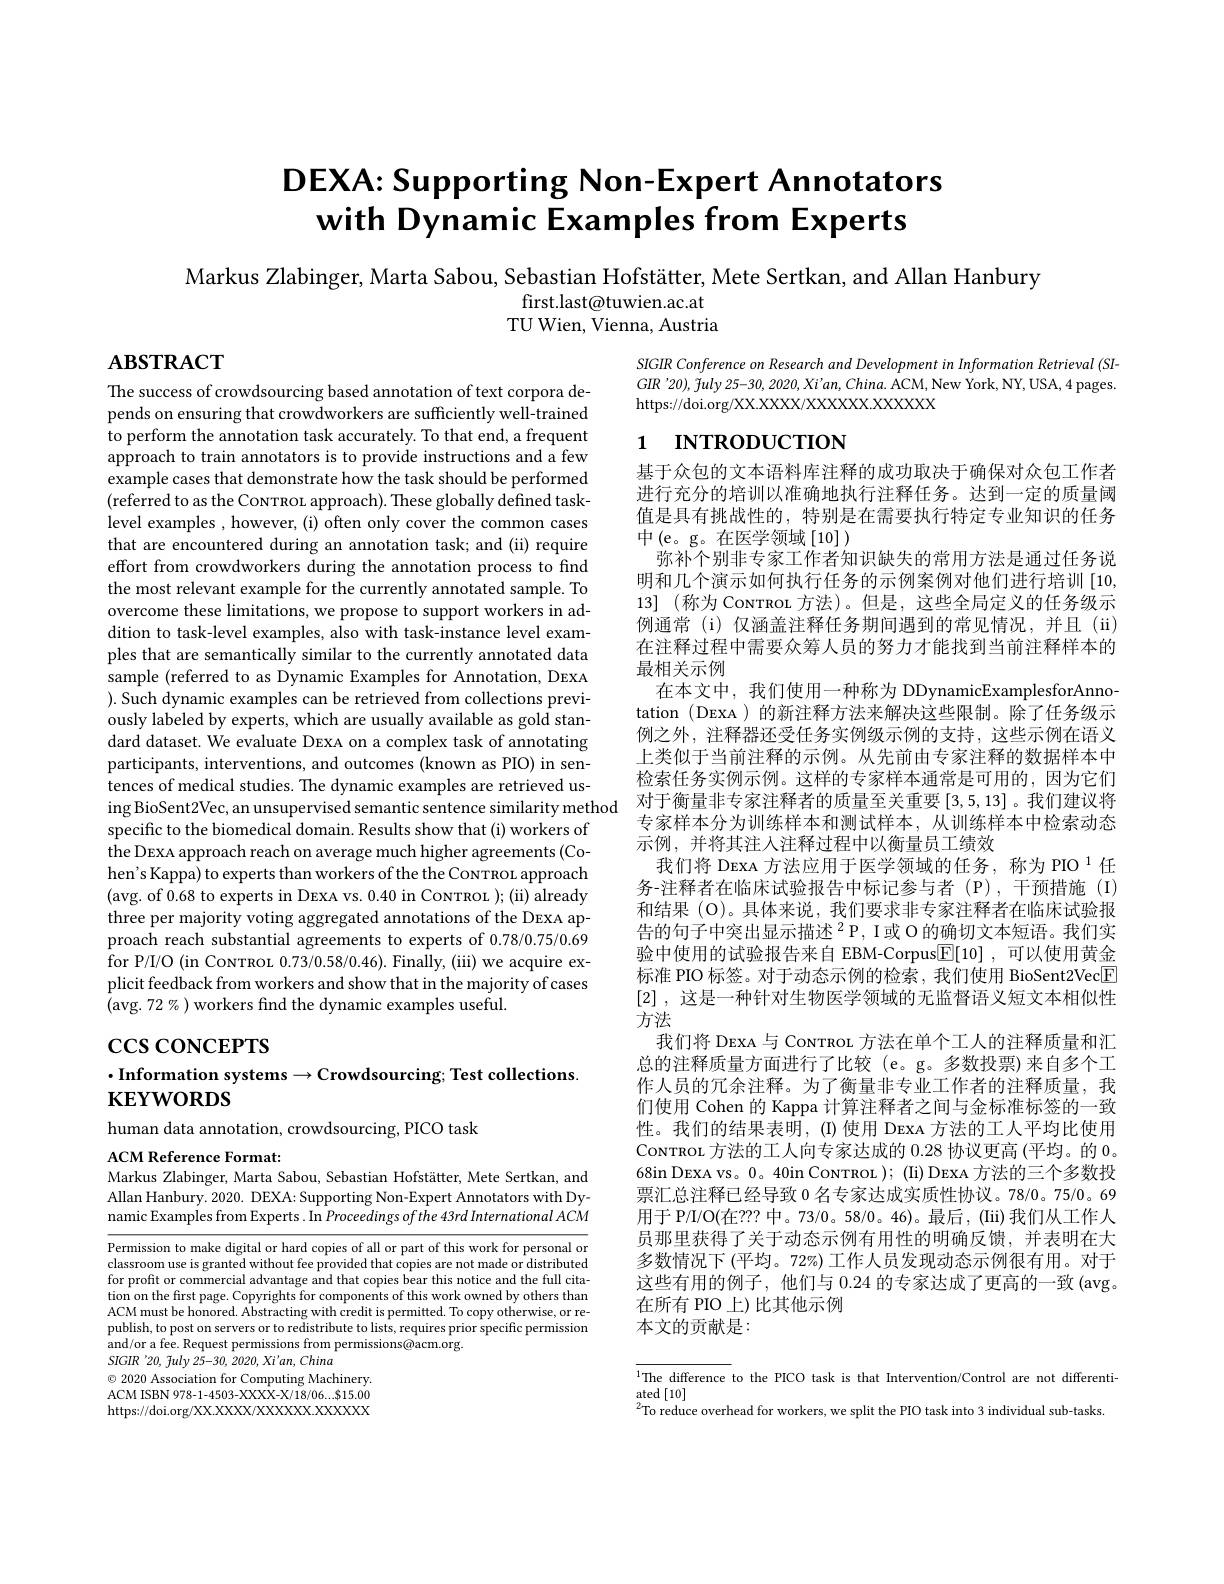
# $DEXA{:}Supporting$ Non-Expert Annotators with Dynamic Examples from Experts

Markus Zlabinger, Marta Sabou, Sebastian Hofstätter, Mete Sertkan, and Allan Hanbury
first.last@tuwien.ac.at TU Wien, Vienna, Austria

# $\mathbf{ABSTRACT}$

The success of crowdsourcing based annotation of text corpora depends on ensuring that crowdworkers are sufficiently well-trained to perform the annotation task accurately. To that end, a frequent approach to train annotators is to provide instructions and a few example cases that demonstrate how the task should be performed (referred to as the Covrnou approach). These globally defined tasklevel examples , however, (i) often only cover the common cases that are encountered during an annotation task; and (ii) require effort from crowdworkers during the annotation process to find the most relevant example for the currently annotated sample. To overcome these limitations, we propose to support workers in addition to task-level examples, also with task-instance level examples that are semantically similar to the currently annotated data sample (referred to as Dynamic Examples for Annotation, DEXA ). Such dynamic examples can be retrieved from collections previously labeled by experts, which are usually available as gold standard dataset. We evaluate DEXA on a complex task of annotating participants, interventions, and outcomes (known as PIO) in sentences of medical studies. The dynamic examples are retrieved using BioSent2Vec, an unsupervised semantic sentence similarity method
specific to the biomedical domain. Results show that (i) workers of the Dexxa approach reach on average much higher agreements (Co-1) hen's Kappa) to experts than workers of the the CoNTROL approach (avg. of 0.68 to experts in DEXA vs. 0.40 in CoNTROL );(ii) already three per majority voting aggregated annotations of the DEXA approach reach substantial agreements to experts of 0.78/0.75/0.69 for P/I/O (in CoNTROL 0.73/0.58/0.46). Finally, (iii) we acquire explicit feedback from workers and show that in the majority of cases (avg. 72 % ) workers find the dynamic examples useful
$\csc\csc$coNCEPTS

## $\cdot$Information systems$\to$Crowdsourcing; Test collections. $\mathbf{KEYWORDS}$

human data annotation, crowdsourcing, PICO task
ACM Reference Format:

Markus Zlabinger, Marta Sabou, Sebastian Hofstätter, Mete Sertkan, and

Allan Hanbury. 2020. DEXA: Supporting Non-Expert Annotators with Dynamic Examples from Experts. In Proceedings ofthe 43rd International ACM

Permission to make digital or hard copies of all or part of this work for personal or classroom use is granted without fee provided that copies are not made or distributed for profit or commercial advantage and that copies bear this notice and the full citation on the first page. Copyrights for components of this work owned by others than ACM must be honored. Abstracting with credit is permitted. To copy otherwise, or republish, to post on servers or to redistribute to lists, requires prior specific permission and/or a fee. Request permissions from permissions@acm.org.
SIGIR '20, fuly 25-30, 2020, Xi'an, China

$\odot$ 2020 Association for Computing Machinery. ACM ISBN 978-1-4503-XXXX-X/18/06...$15.00 https://doi.org/XX.XXXX/XXXXXX.XXXXX

SIGIR Conference on Research and Development in Information Retrieval (SI- $GIR^{\prime }20) , \tilde{f} uly$ 25-30, 2020, $Xi^{\prime }an$, $China.$ $\dot{A} CM$, $\dot{\mathrm{New~York, NY, USA, 4~pages. }}$ https://doi.org/XX.XXXX/XXXXX.XXXXX

# 1 INTRODUCTION

基于众包的文本语料库注释的成功取决于确保对众包工作者进行充分的培训以准确地执行注释任务。达到一定的质量阈值是具有挑战性的，特别是在需要执行特定专业知识的任务中(e。g。在医学领域[10])
弥补个别非专家工作者知识缺失的常用方法是通过任务说明和几个演示如何执行任务的示例案例对他们进行培训[10, 13] (称为 Covrnou 方法)。但是，这些全局定义的任务级示例通常 (i) 仅涵盖注释任务期间遇到的常见情况，并且 (ii) 在注释过程中需要众筹人员的努力才能找到当前注释样本的最相关示例
在本文中，我们使用一种称为 DDynamicExamplesforAnnotation (DEXA ) 的新注释方法来解决这些限制。除了任务级示例之外，注释器还受任务实例级示例的支持，这些示例在语义上类似于当前注释的示例。从先前由专家注释的数据样本中检索任务实例示例。这样的专家样本通常是可用的，因为它们对于衡量非专家注释者的质量至关重要[3,5,13]。我们建议将专家样本分为训练样本和测试样本，从训练样本中检索动态示例，并将其注人注释过程中以衡量员工绩效
我们将 DEXA 方法应用于医学领域的任务，称为 PIO $^{1}$任务-注释者在临床试验报告中标记参与者(P),干预措施(I) 和结果(O)。具体来说，我们要求非专家注释者在临床试验报告的句子中突出显示描述$^2$P, I或 O 的确切文本短语。我们实验中使用的试验报告来自 EBM-Corpus$\boxed{\mathbb{F} }[ 10]$ ,可以使用黄金标准 PIO 标签。对于动态示例的检索，我们使用 BioSent2Vec[E] [2] , 这是一种针对生物医学领域的无监督语义短文本相似性方法
我们将 DEXA 与 CoNTROL 方法在单个工人的注释质量和汇总的注释质量方面进行了比较(e。g。多数投票)来自多个工作人员的冗余注释。为了衡量非专业工作者的注释质量，我们使用 Cohen 的 Kappa 计算注释者之间与金标准标签的一致性。我们的结果表明，(I)使用 DEXA 方法的工人平均比使用Conrnou 方法的工人向专家达成的0.28协议更高 (平均。的0. 68in DEXA vs。0。40in CoNTROL ); (Ii) DEXA 方法的三个多数投票汇总注释已经导致 0 名专家达成实质性协议。78/0。75/0。69用于 P/I/O(在？?? 中。73/0。58/0。46)。最后，(Iii) 我们从工作人员那里获得了关于动态示例有用性的明确反馈，并表明在大多数情况下 (平均。72%) 工作人员发现动态示例很有用。对于这些有用的例子，他们与0.24的专家达成了更高的一致(avg。在所有 PIO 上) 比其他示例
本文的贡献是：

$\overline {{^1}\text{The difference }}$ to the PICO task is that Intervention/ Control are not differenti-  ated [ 10]
$^{2}$To reduce overhead for workers, we split the PIO task into 3 individual sub-tasks